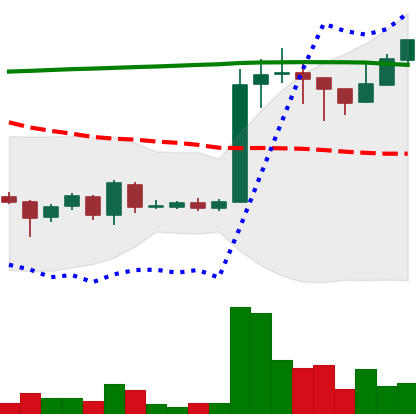
Ticker: EOS-USD
Chart end date: 2018-04-19
Forward return: 62.091%
Label: up_7plus